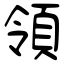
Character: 領